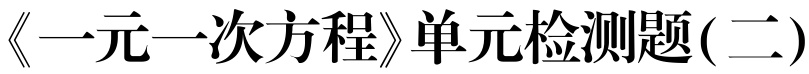
《一元一次方程》单元检测题(二)